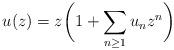
LaTeX: \begin{gather*}u(z)=z\bigg(1+\sum\limits_{n\ge1}u_nz^n\bigg)\end{gather*}